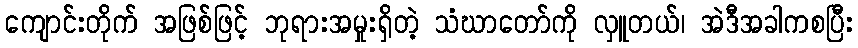
ကျောင်းတိုက် အဖြစ်ဖြင့် ဘုရားအမှုးရှိတဲ့ သံဃာတော်ကို လှူတယ်၊ အဲဒီအခါကစပြီး